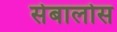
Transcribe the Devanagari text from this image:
सेबालोस